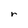
Character: r